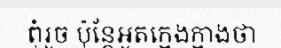
ពុំរួច ប៉ុន្តែអួតក្អេងក្អាងថា